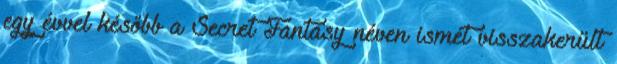
egy évvel később a Secret Fantasy néven ismét visszakerült